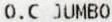
O.C JUMBO